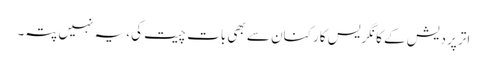
اتر پردیش کے کانگریس کارکنان سے بھی بات چیت کی، یہ نہیں پتہ۔